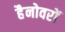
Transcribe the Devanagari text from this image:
हैनोवरों